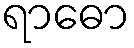
ရာဓော